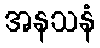
အနသနံ